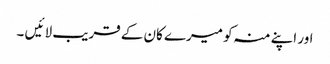
اور اپنے منہ کو میرے کان کے قریب لا ئیں ۔